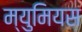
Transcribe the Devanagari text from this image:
म्युमियस